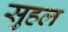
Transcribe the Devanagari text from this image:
सुहल